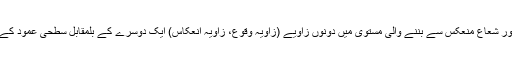
3. شعاع واقع، عمود اور شعاع منعکس سے بننے والی مستوی میں دونوں زاویے (زاویہ وقوع، زاویہ انعکاس) ایک دوسرے کے بلمقابل سطحی عمود کے اطراف میں بنیں گے۔